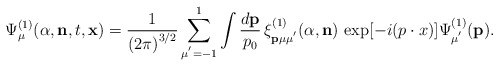
\begin{align*}{\Psi}^{(1)}_{\mu}({\alpha},{\bf n},t,{\bf x})={\frac{1}{{(2\pi)}^{3/2}}}\sum_{\mu^{'}=-1}^{1}\int\frac{d{\bf p}}{p_0}\,{\xi}^{(1)}_{\bf p\mu\mu^{'}}({\alpha},{\bf n})\,\exp[-i(p\cdot{x})]{\Psi}^{(1)}_{\mu^{'}}({\bf p}).\end{align*}